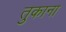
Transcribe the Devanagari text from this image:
तुकाना